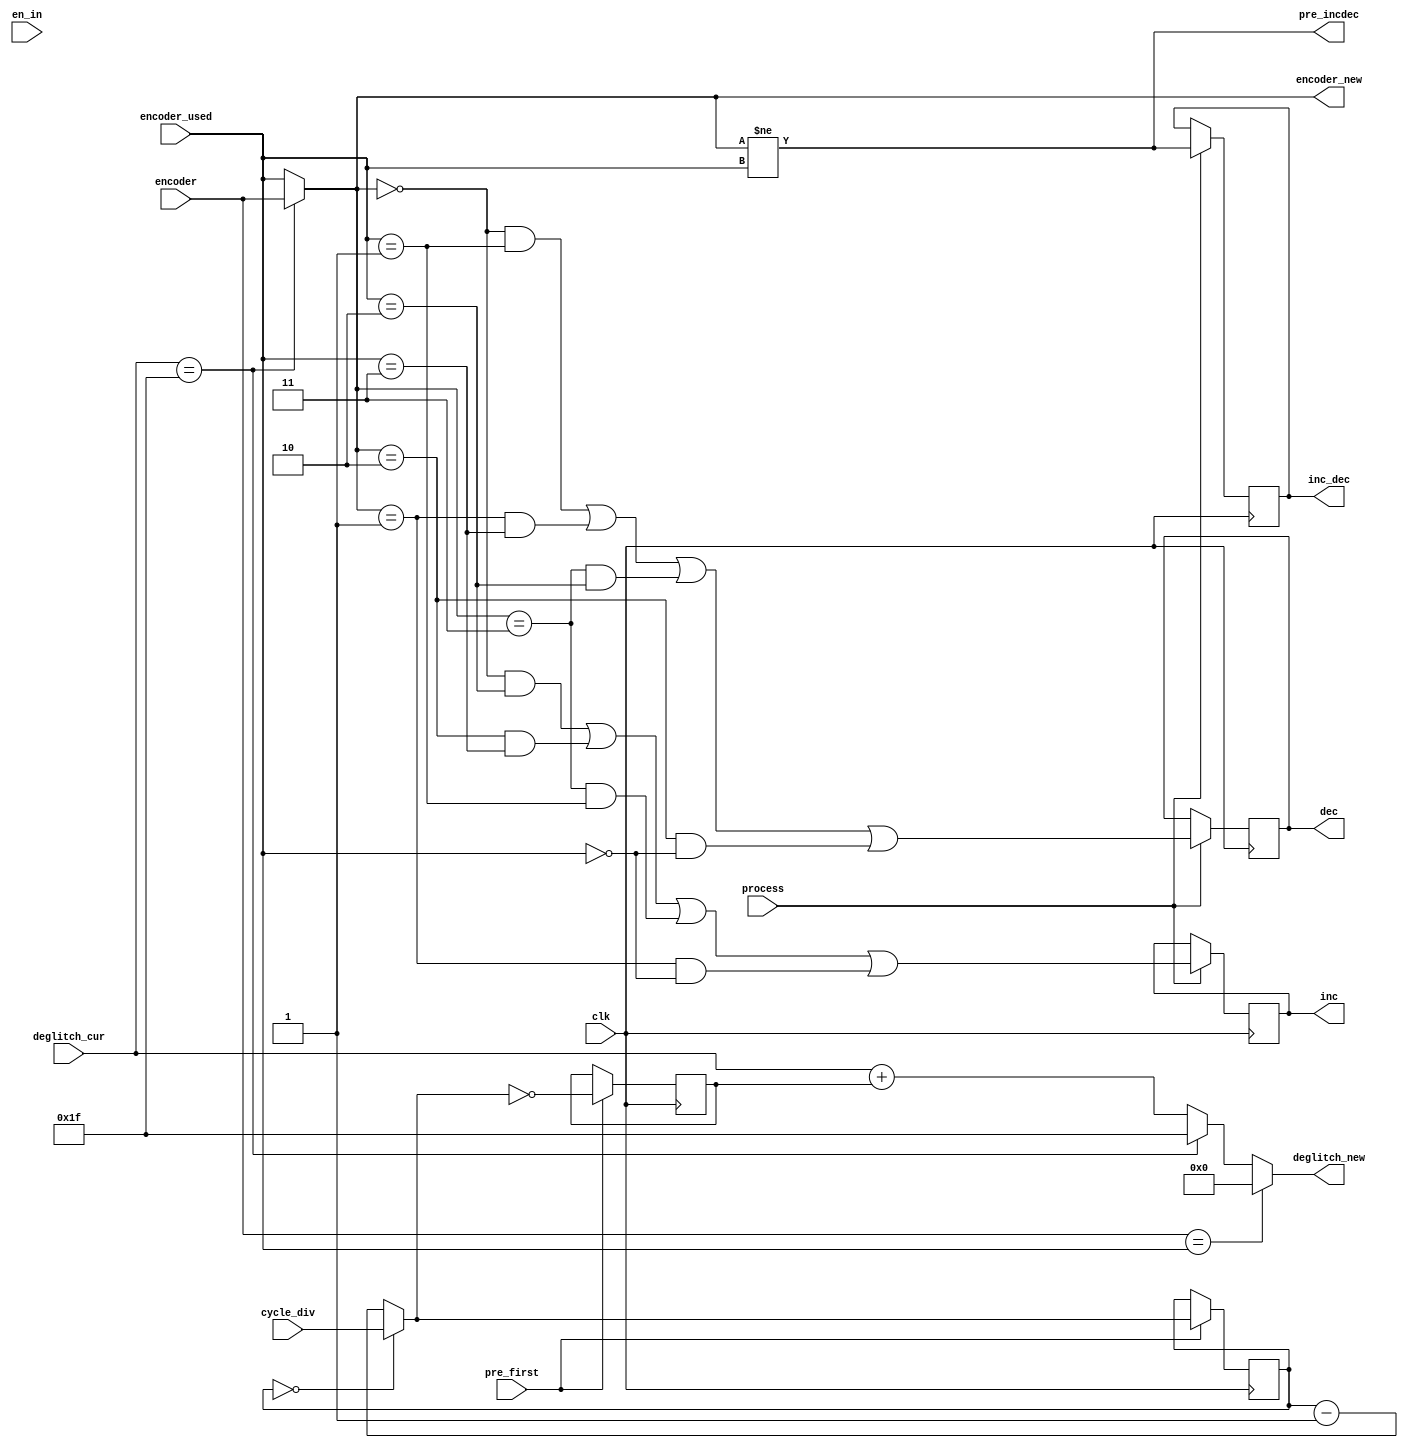
module deglitch_encoder (clk,          
                         en_in,        
                         process,      
                         pre_first,    
                         cycle_div,    
                         deglitch_cur, 
                         deglitch_new, 
                         encoder,      
                         encoder_used, 
                         encoder_new,  
                         pre_incdec,   
                         inc,          
                         dec,          
                         inc_dec       
                        );
 parameter IGNORE_EN=1;
 input         clk;          
 input         en_in;        
 input         process;      
 input         pre_first;    
 input   [3:0] cycle_div;    
 input   [4:0] deglitch_cur; 
 output  [4:0] deglitch_new; 
 input   [1:0] encoder;      
 input   [1:0] encoder_used; 
 output  [1:0] encoder_new;  
 output        pre_incdec;   
 output        inc;          
 output        dec;          
 output        inc_dec;      
 wire          en=(IGNORE_EN)?1'b1:en_in; 
 wire    [4:0] deglitch_new;
 wire    [1:0] encoder_new;
 reg           inc;          
 reg           dec;          
 reg           inc_dec;       
 reg    [3:0] cycle_cntr;
 reg          deglitch_next;
 wire         pre_incdec;
 assign   deglitch_new=(!en || (encoder[1:0]==encoder_used[1:0]))?0:((deglitch_cur==5'h1f)?5'h1f:(deglitch_cur+deglitch_next));
 assign   encoder_new= (!en || (deglitch_cur==5'h1f))?encoder:encoder_used;
 assign   pre_incdec=en && (encoder_new[1:0]!=encoder_used[1:0]);
 always @ (posedge clk) if (pre_first) begin 
   cycle_cntr=    (!en || (cycle_cntr==0))?cycle_div:(cycle_cntr-1);
   deglitch_next=   en && (cycle_cntr==0);
 end
 always @ (posedge clk) if (process) begin
   inc_dec <=  pre_incdec;
   dec<=en && ((encoder_new==2'b00) && (encoder_used==2'b01) ||
               (encoder_new==2'b01) && (encoder_used==2'b11) ||
               (encoder_new==2'b11) && (encoder_used==2'b10) ||
               (encoder_new==2'b10) && (encoder_used==2'b00));
   inc<=en && ((encoder_new==2'b00) && (encoder_used==2'b10) ||
               (encoder_new==2'b10) && (encoder_used==2'b11) ||
               (encoder_new==2'b11) && (encoder_used==2'b01) ||
               (encoder_new==2'b01) && (encoder_used==2'b00));
 end
endmodule